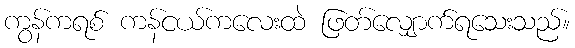
ကွန်ကရစ် ကန်ငယ်ကလေးထဲ ဖြတ်လျှောက်ရသေးသည်။